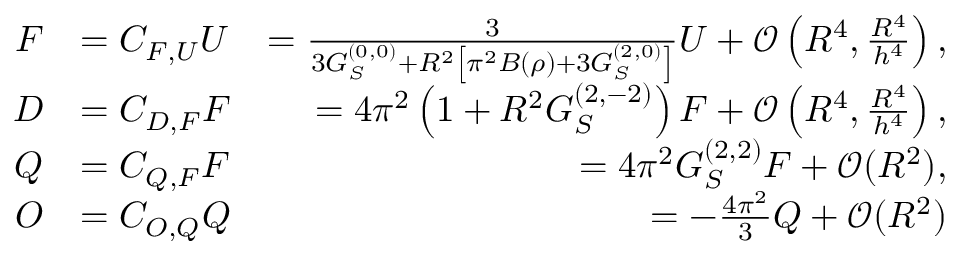
\begin{array} { r l r } { F } & { = C _ { F , U } U } & { = \frac { 3 } { 3 G _ { S } ^ { ( 0 , 0 ) } + R ^ { 2 } \left[ \pi ^ { 2 } B ( \rho ) + 3 G _ { S } ^ { ( 2 , 0 ) } \right] } U + \mathcal { O } \left( R ^ { 4 } , \frac { R ^ { 4 } } { h ^ { 4 } } \right) , } \\ { D } & { = C _ { D , F } F } & { = 4 \pi ^ { 2 } \left( 1 + R ^ { 2 } G _ { S } ^ { ( 2 , - 2 ) } \right) F + \mathcal { O } \left( R ^ { 4 } , \frac { R ^ { 4 } } { h ^ { 4 } } \right) , } \\ { Q } & { = C _ { Q , F } F } & { = 4 \pi ^ { 2 } G _ { S } ^ { ( 2 , 2 ) } F + \mathcal { O } ( R ^ { 2 } ) , } \\ { O } & { = C _ { O , Q } Q } & { = - \frac { 4 \pi ^ { 2 } } { 3 } Q + \mathcal { O } ( R ^ { 2 } ) } \end{array}